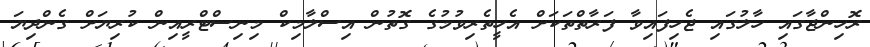
ރޮހިންޖާގައި ހާލުގައި ޖެހިފައިވާ ފަރާތްތަކަށް އެހީތެރިވުމުގެ ގޮތުން އިސްލާމިކް މިނިސްޓްރީއިން ކުރިޔަށް ގެންދިޔަ